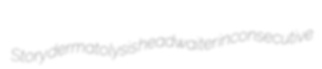
Story dermatolysis headwaiter inconsecutive